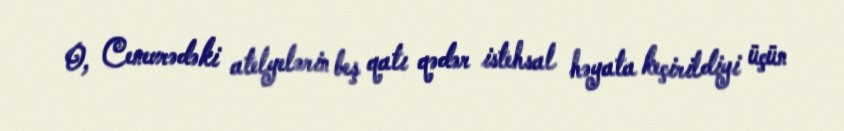
O, Cenevrədəki atelyelərin beş qatı qədər istehsal həyata keçirildiyi üçün